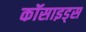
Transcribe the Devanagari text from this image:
कॉसाइड्स